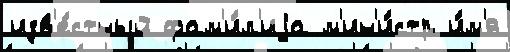
изв'е́стный фам'и́л'иjа м'ин'и́стр и́м'я